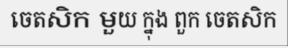
ចេតសិក មួយ ក្នុង ពួក ចេតសិក